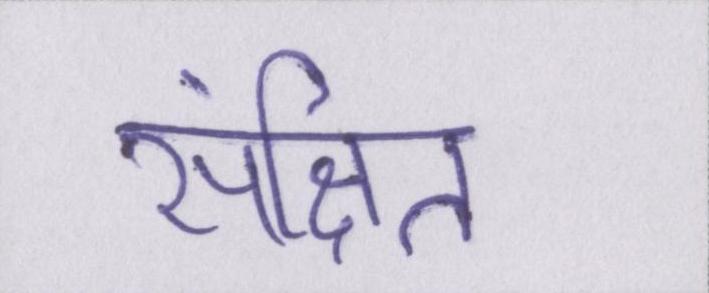
संक्षित